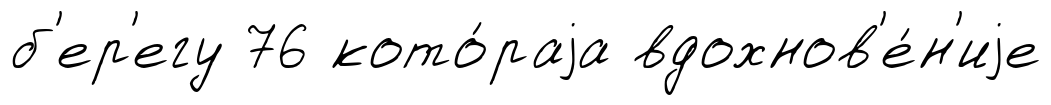
б'ер'егу 76 кото́раjа вдохнов'е́н'иjе